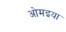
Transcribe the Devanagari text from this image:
ओमइया